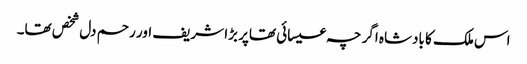
اس ملک کا بادشاہ اگر چہ عیسائی تھاپر بڑا شریف اور رحم دل شخص تھا۔